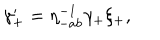
\gamma _ { + } ^ { \prime } = \eta _ { - a b } ^ { - 1 } \gamma _ { + } \xi _ { + } ,